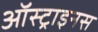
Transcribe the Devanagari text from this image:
ऑस्ट्राइनस